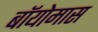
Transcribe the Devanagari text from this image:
बॉयोमास